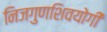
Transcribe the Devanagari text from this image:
निजगुणशिवयोगी